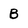
Character: B